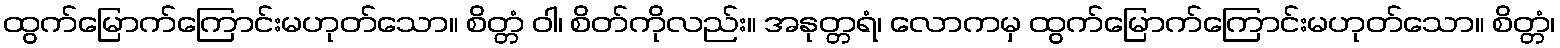
ထွက်မြောက်ကြောင်းမဟုတ်သော။ စိတ္တံ ဝါ၊ စိတ်ကိုလည်း။ အနုတ္တရံ၊ လောကမှ ထွက်မြောက်ကြောင်းမဟုတ်သော။ စိတ္တံ၊